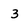
Character: 3